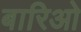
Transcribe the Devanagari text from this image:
बारिओ